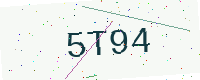
Text: 5T94